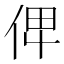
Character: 𠈷